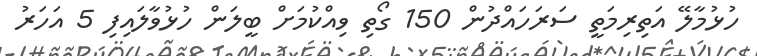
ހުޅުމާލޭ އަތިރިމަތީ ސަރަހައްދުން 150 ގޯތި ވިއްކުމަށް ބީލަން ހުޅުވާލައިފި 5 އަހަރު